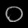
Digit: ၀